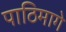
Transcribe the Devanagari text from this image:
पाठिमागे